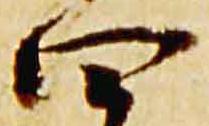
四